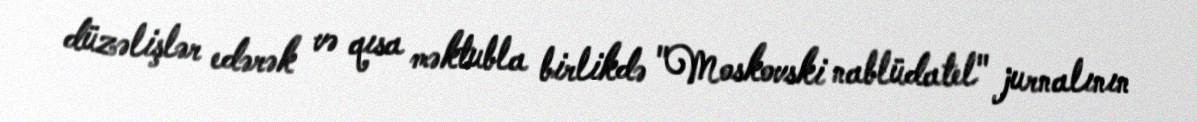
düzəlişlər edərək və qısa məktubla birlikdə "Moskovski nablüdatel" jurnalının